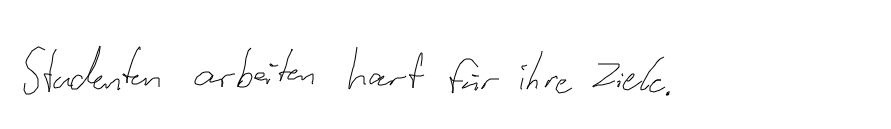
Studenten arbeiten hart für ihre Ziele.